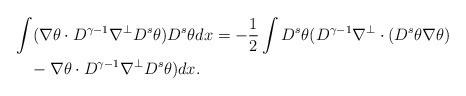
LaTeX: \begin{align*}& \int ( \nabla \theta \cdot D^{\gamma-1} \nabla^{\perp} D^s \theta) D^s \theta dx=- \frac 12 \int D^s \theta ( D^{\gamma-1} \nabla^{\perp} \cdot(D^s \theta \nabla \theta) \\&\quad- \nabla \theta \cdot D^{\gamma-1} \nabla^{\perp} D^s \theta) dx.\end{align*}